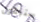
ستبقون